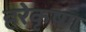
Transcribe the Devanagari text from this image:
हरेकृष्‍ण